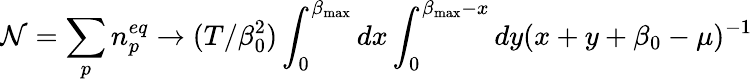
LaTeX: \mathcal{N}=\sum_{p}n_{p}^{eq}\to(T/\beta_{0}^{2})\int_{0}^{\beta_{\mathrm{{max}}}}dx\int_{0}^{\beta_{\mathrm{{max}}}-x}dy(x+y+\beta_{0}-\mu)^{-1}